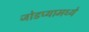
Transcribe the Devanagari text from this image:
जोडप्यामध्ये